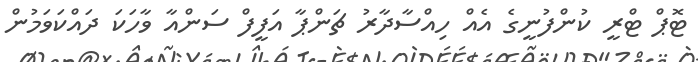
ޓޮޕް ޓްރީ ކުންފުނީގެ އެއް ހިއްސާދާރު ޗަންޕާ އަފީފް ސަންއާ ވާހަކަ ދައްކަވަމުން